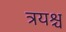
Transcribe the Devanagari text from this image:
त्रयश्च